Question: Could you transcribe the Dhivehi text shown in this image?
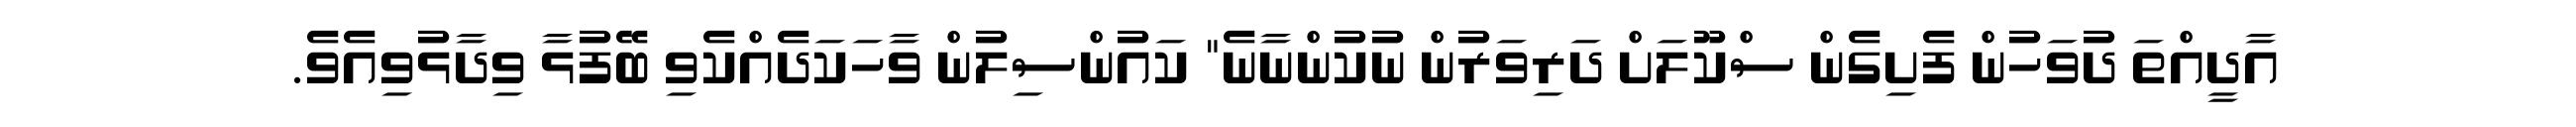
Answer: އާދީއްތަ ދުވަހުން ފެށިގެން ސްކޫލަށް ދަރިވަރުން ނުކުންނާނެ" ކައުންސިލުން ވާހަކަދެއްކެވި ބޭފުޅާ ވިދާޅުވިއެވެ.